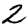
Digit: 2